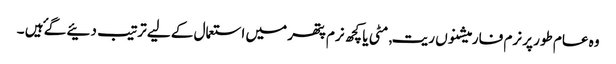
وہ عام طور پر نرم فارمیشنوں ریت, مٹی یا کچھ نرم پتھر میں استعمال کے لیے ترتیب دئیے گۓ ہیں ۔